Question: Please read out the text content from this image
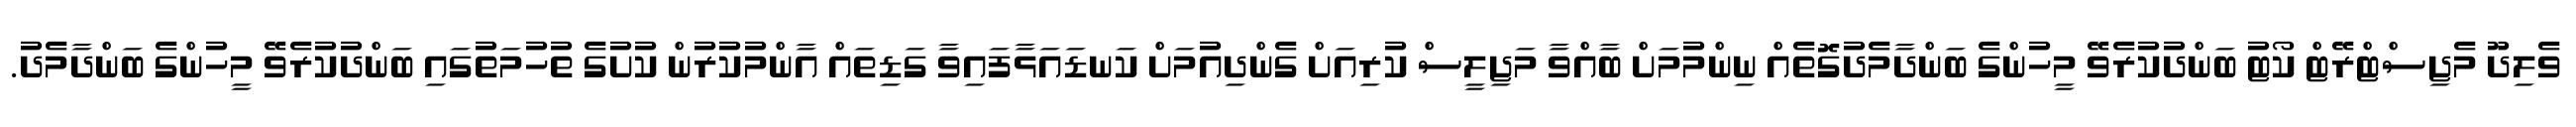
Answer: ވެލިދޫ މެޖިސްޓްރޭޓް ކޯޓު ބަންދުކުރެވޭ މީހުންގެ ބަންދާމެދުގޮތެއް ނިންމުމަށް ބާއްވާ މަޖިލީސް ކުރިއަށް ގެންދިއުމަށް ކަނޑައަޅާފައިވާ ގަޑިތައް އާންމުކުރުން ކުށުގެ ތުހުމަތުގައި ބަންދުކުރެވޭ މީހުންގެ ބަންދާމެދު.